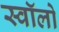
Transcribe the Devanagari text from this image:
स्वॉलो